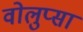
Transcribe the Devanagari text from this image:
वोलुप्सा